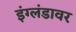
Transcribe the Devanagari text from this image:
इंग्लंडावर